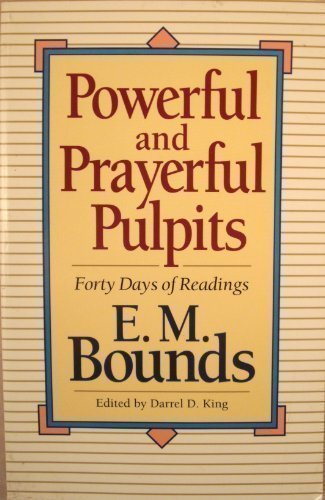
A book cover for Powerful and Prayerful Pulpits: Forty Days of Readings; E. M. Bounds; Christian Books & Bibles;